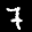
Label: 7